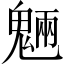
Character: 魎